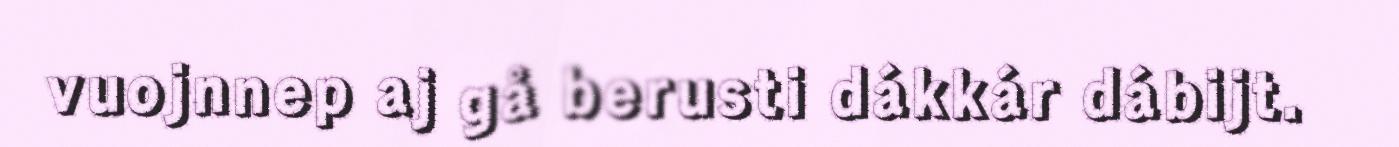
vuojnnep aj gå berusti dákkár dábijt.